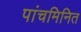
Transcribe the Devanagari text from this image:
पांचमिनित